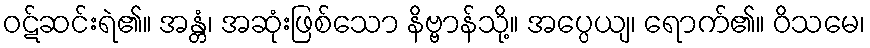
ဝဋ်ဆင်းရဲ၏။ အန္တံ၊ အဆုံးဖြစ်သော နိဗ္ဗာန်သို့။ အပ္ပေယျ၊ ရောက်၏။ ဝိသမေ၊